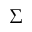
\Sigma